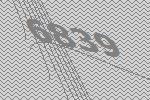
6839